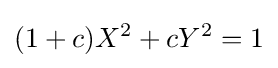
(1+c)X^{2}+cY^{2}=1